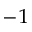
^ { - 1 }